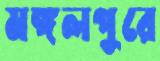
মঙ্গলপুরে